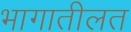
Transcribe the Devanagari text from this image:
भागातीलत